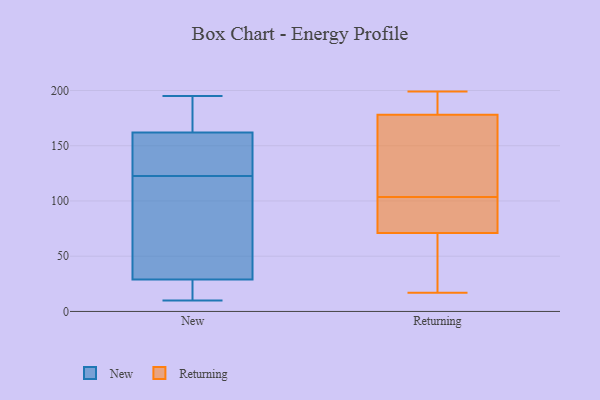
{"axis": {"x": "Waste Production (Tons)", "y": "Value"}, "legend": ["New", "Returning"], "data": [{"x": "", "y": 195, "type": "New"}, {"x": "", "y": 10, "type": "New"}, {"x": "", "y": 131, "type": "New"}, {"x": "", "y": 20, "type": "New"}, {"x": "", "y": 38, "type": "New"}, {"x": "", "y": 129, "type": "New"}, {"x": "", "y": 57, "type": "New"}, {"x": "", "y": 19, "type": "New"}, {"x": "", "y": 139, "type": "New"}, {"x": "", "y": 186, "type": "New"}, {"x": "", "y": 116, "type": "New"}, {"x": "", "y": 185, "type": "New"}, {"x": "", "y": 53, "type": "Returning"}, {"x": "", "y": 17, "type": "Returning"}, {"x": "", "y": 185, "type": "Returning"}, {"x": "", "y": 117, "type": "Returning"}, {"x": "", "y": 71, "type": "Returning"}, {"x": "", "y": 186, "type": "Returning"}, {"x": "", "y": 99, "type": "Returning"}, {"x": "", "y": 63, "type": "Returning"}, {"x": "", "y": 199, "type": "Returning"}, {"x": "", "y": 108, "type": "Returning"}, {"x": "", "y": 77, "type": "Returning"}, {"x": "", "y": 178, "type": "Returning"}, {"x": "", "y": 167, "type": "Returning"}, {"x": "", "y": 78, "type": "Returning"}]}